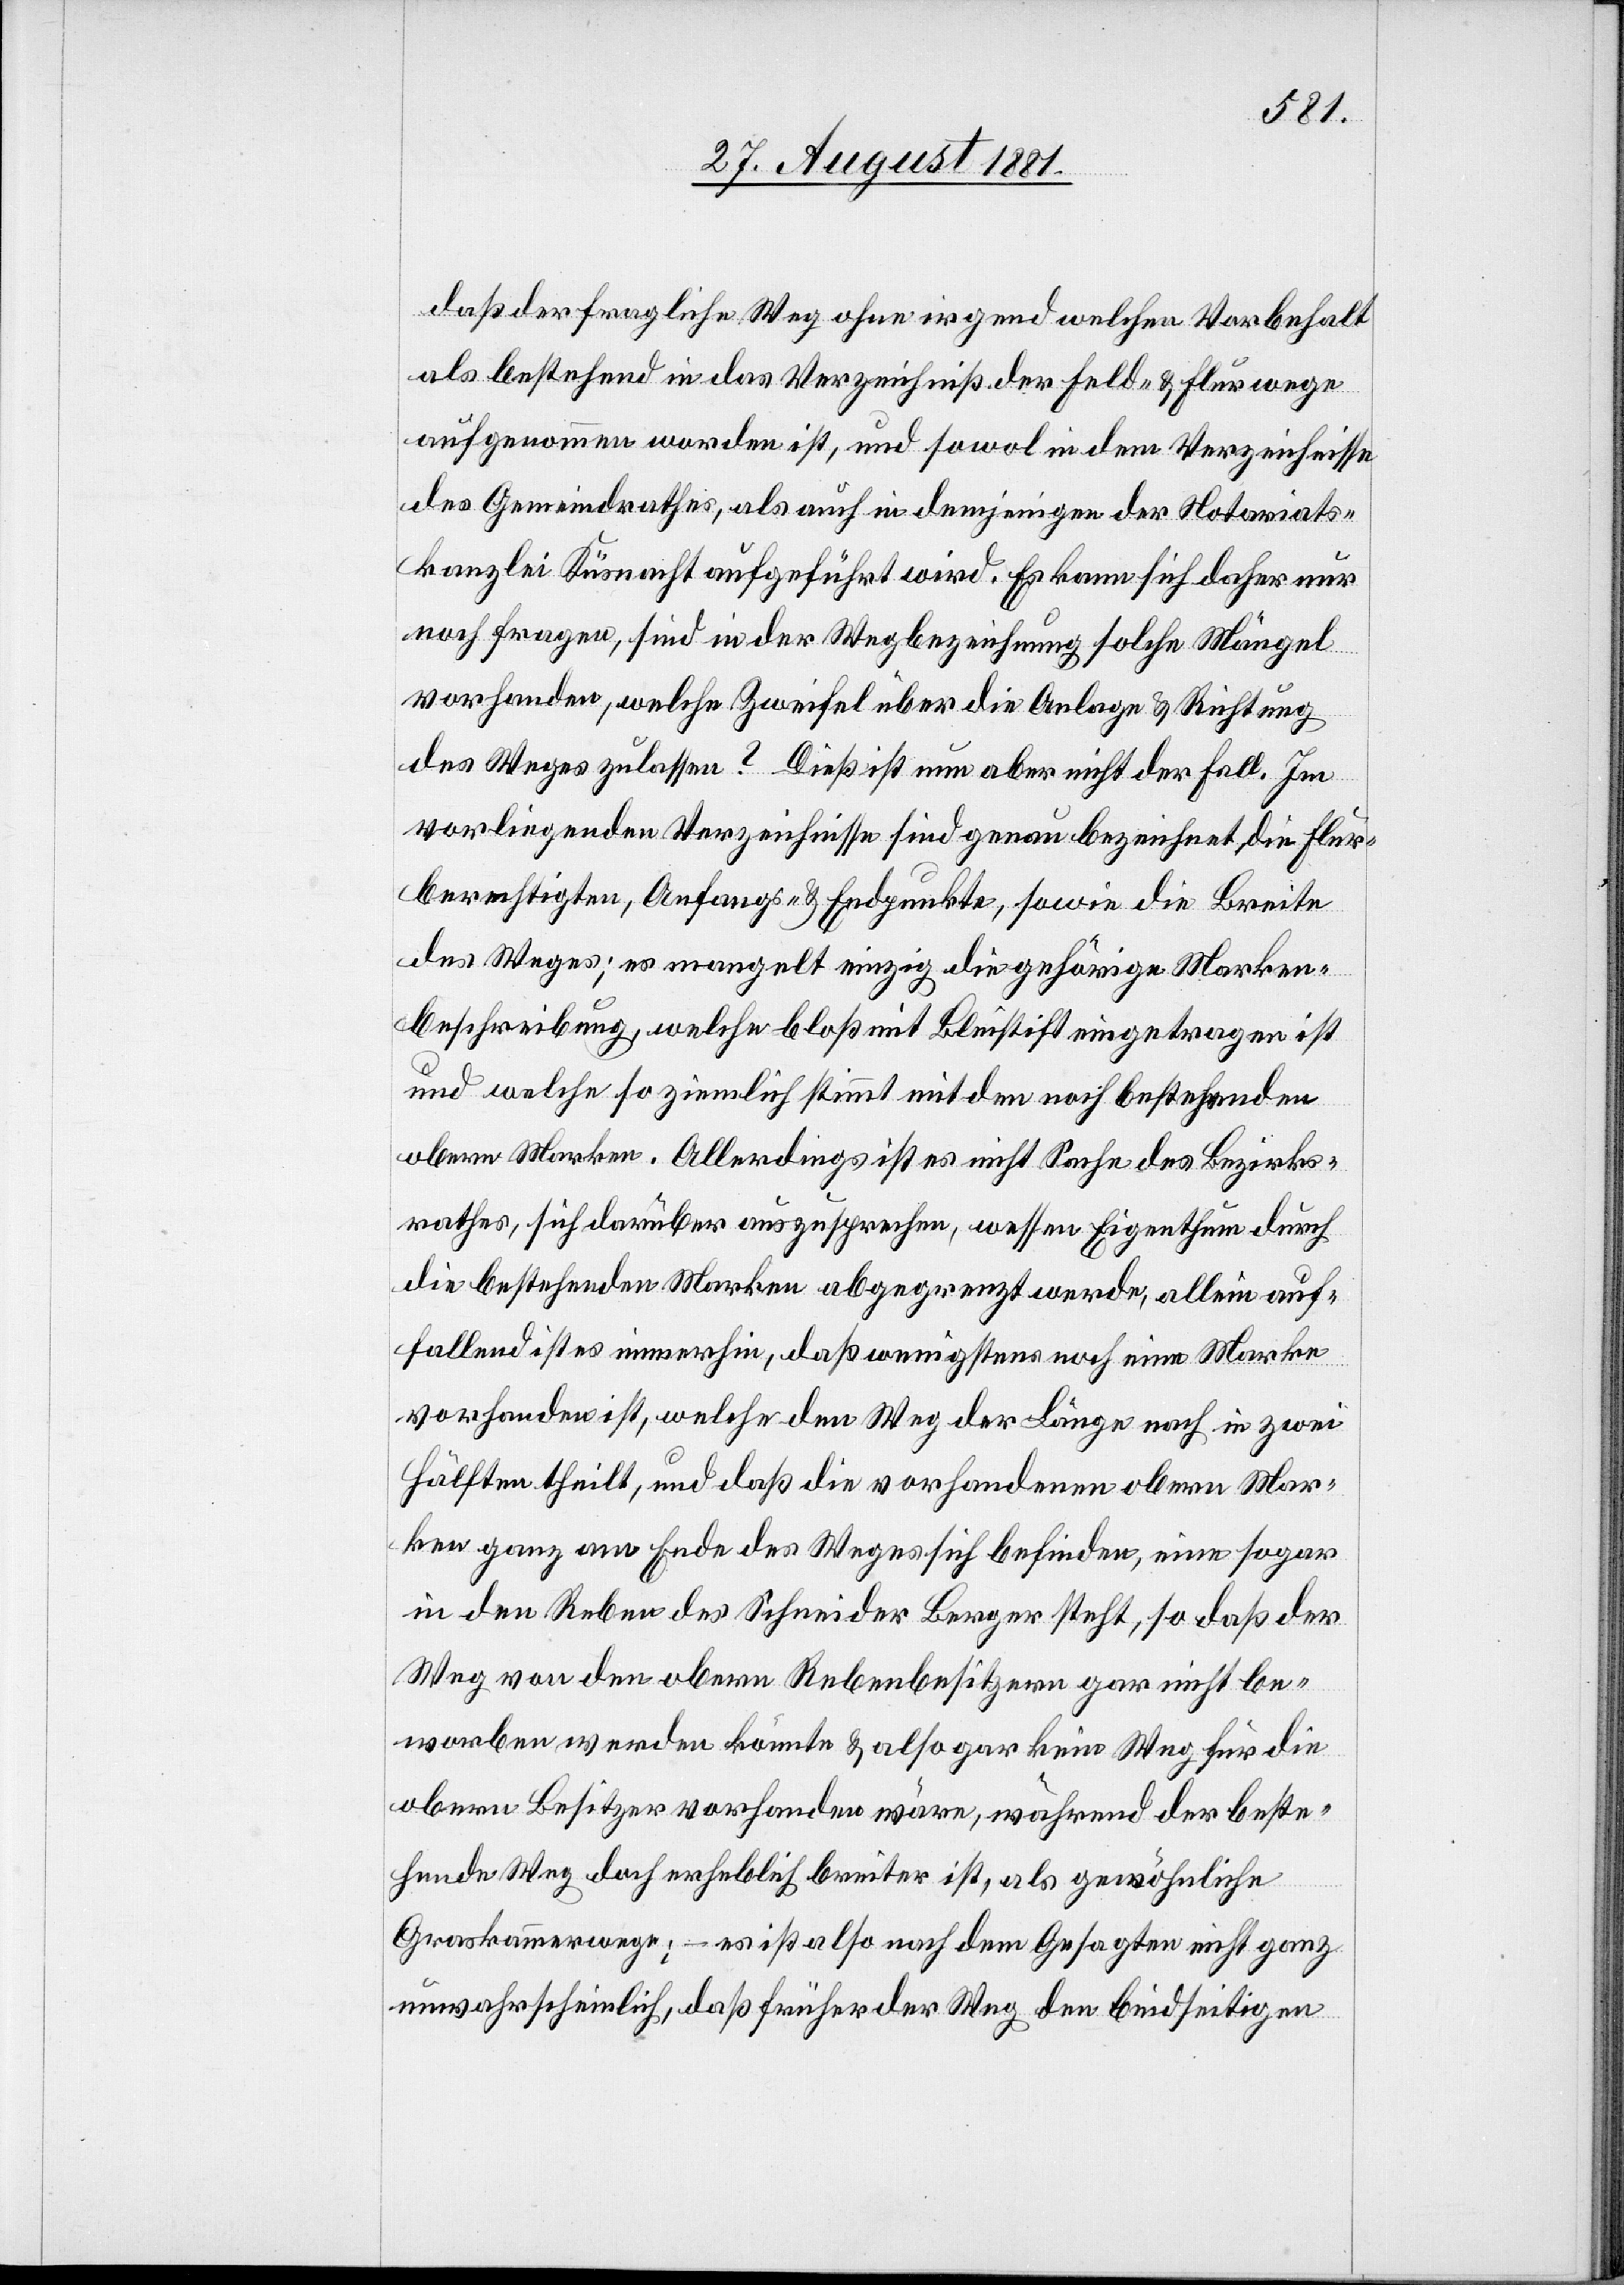
daß der fragliche Weg ohne irgend welchen Vorbehalt
als bestehend in das Verzechniß der Feld- & Flurwege
aufgenommen worden ist, und sowol in dem Verzeichnisse
des Gemeindrathes, als auch in demjenigen der Notariats¬
kanzlei Küsnacht aufgeführt wird. Es kann sich daher nur
noch fragen, sind in der Wegbezeichnung solche Mängel
vorhanden, welche Zweifel über die Anlage & Richtung
des Weges zulassen? Dieß ist nun aber nicht der Fall. Im
vorliegenden Verzeichnisse sind genau bezeichnet, die Flur¬
berechtigten, Anfangs- & Endpunkte, sowie die Breite
des Weges; es mangelt einzig die gehörige Marken¬
beschreibung, welche bloß mit Bleistift eingetragen ist
und welche so ziemlich stimmt mit den noch bestehenden
obern Marken. Allerdings ist es nicht Sache des Bezirks¬
rathes, sich darüber auszusprechen, wessen Eigenthum durch
die bestehenden Marken abgegrenzt werde, allein auf¬
fallend ist es immerhin, daß wenigstens noch eine Marke
vorhanden ist, welche den Weg der Länge nach in zwei
Hälften theilt, und daß die vorhandenen obern Mar¬
ken ganz am Ende des Weges sich befinden, eine sogar
in den Reben des Schneider Berger steht, so daß der
Weg von den obern Rebenbesitzern gar nicht be¬
worben werden könnte & also gar kein Weg für die
obern Besitzer vorhanden wäre, während der beste¬
hende Weg doch erheblich breiter ist, als gewöhnliche
Graskammerwege; - es ist also nach dem Gesagten nicht ganz
unwahrscheinlich, daß früher der Weg den beidseitigen